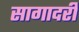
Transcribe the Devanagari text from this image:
सागादरी